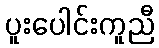
ပူးပေါင်းကူညီ